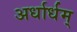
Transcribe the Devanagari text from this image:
अर्धार्धम्